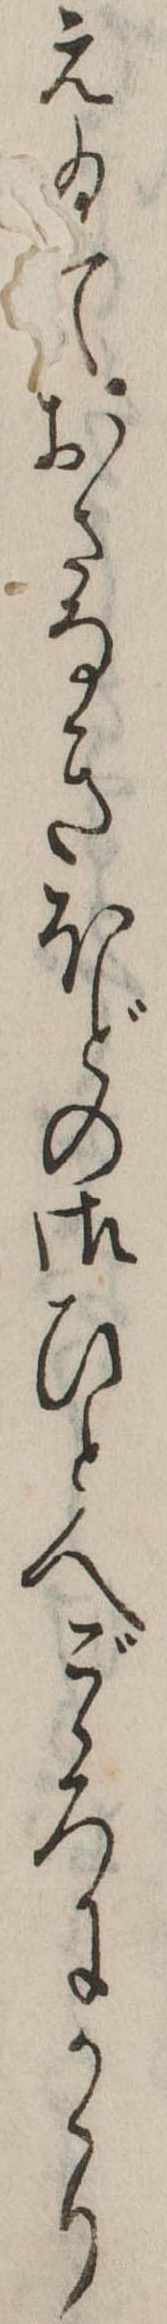
え給ておさなきほどの御ひとへごゝろにかゝり